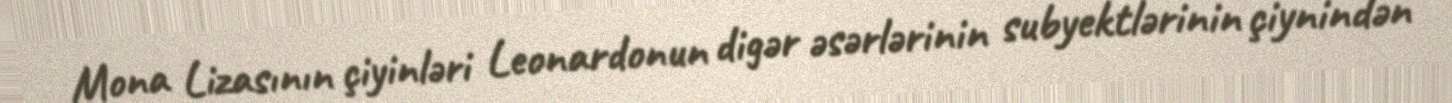
Mona Lizasının çiyinləri Leonardonun digər əsərlərinin subyektlərinin çiynindən